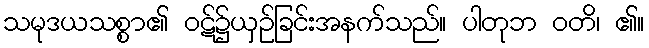
သမုဒယသစ္စာ၏ ဝဋ်၌ယှဉ်ခြင်းအနက်သည်။ ပါတုဘ ဝတိ၊ ၏။